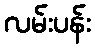
လမ်းပန်း